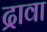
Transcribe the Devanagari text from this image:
द्रावा